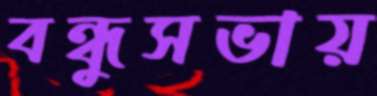
বন্ধুসভায়